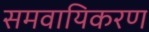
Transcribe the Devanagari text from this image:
समवायिकरण